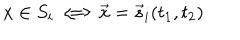
LaTeX: x \in S _ { i } \Longleftrightarrow \vec { x } = \vec { s } _ { i } ( t _ { 1 } , t _ { 2 } )